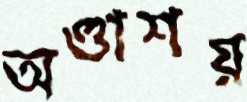
অণ্ডাশয়